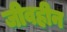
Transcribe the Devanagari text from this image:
जीवहीन